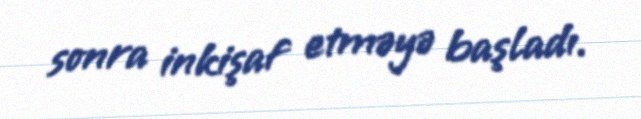
sonra inkişaf etməyə başladı.